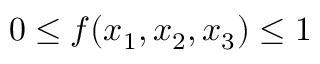
0 \le f ( x _ { 1 } , x _ { 2 } , x _ { 3 } ) \le 1